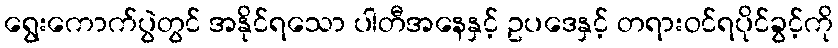
ရွေးကောက်ပွဲတွင် အနိုင်ရသော ပါတီအနေနှင့် ဥပဒေနှင့် တရားဝင်ရပိုင်ခွင့်ကို